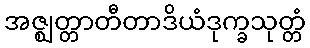
အဇ္ဈတ္တာတီတာဒိယံဒုက္ခသုတ္တံ